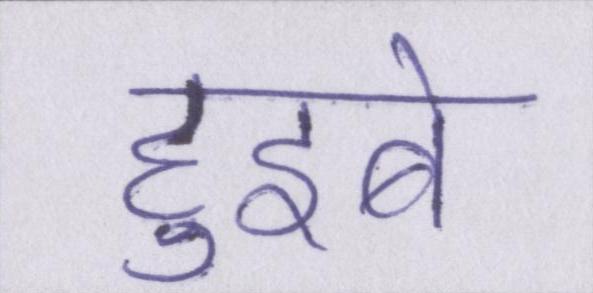
हुइबे